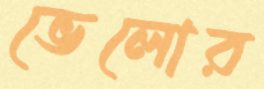
ভেলোর